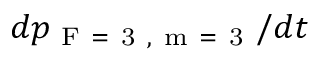
d p _ { \mathrm { ~ F ~ = ~ 3 ~ , ~ m ~ = ~ 3 ~ } } / d t